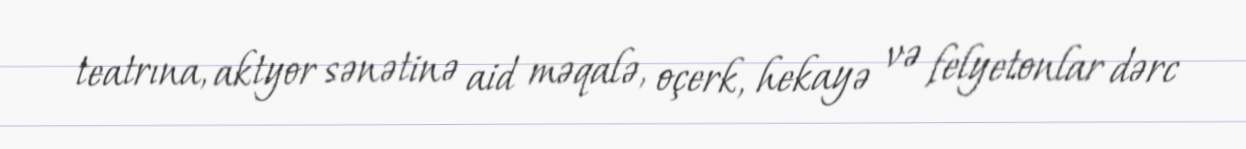
teatrına, aktyor sənətinə aid məqalə, oçerk, hekayə və felyetonlar dərc